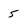
Character: 5